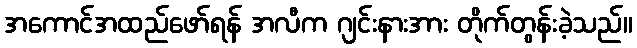
အကောင်အထည်ဖော်ရန် အလီက ဂျင်းနားအား တိုက်တွန်းခဲ့သည်။